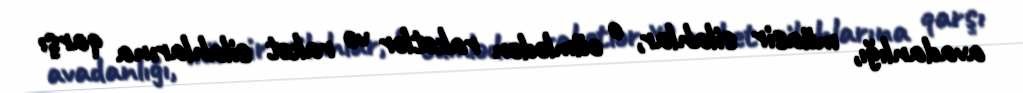
avadanlığı, müasir silahlar, o cümlədən raketlər və raket silahlarına qarşı